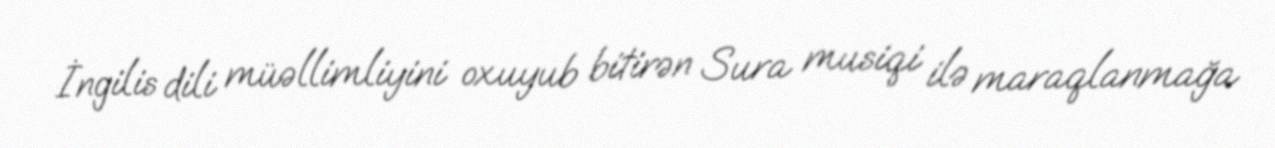
İngilis dili müəllimliyini oxuyub bitirən Sura musiqi ilə maraqlanmağa